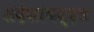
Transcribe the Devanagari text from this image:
संदेशांबद्दल